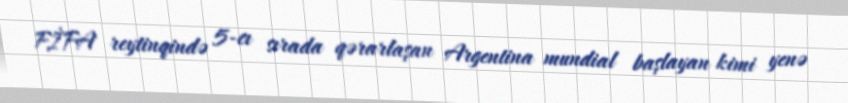
FİFA reytinqində 5-cı sırada qərarlaşan Argentina mundial başlayan kimi yenə